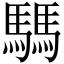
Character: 騳